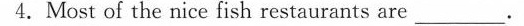
4.Most of the nice fish restaurants are ___.